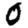
Digit: 0